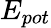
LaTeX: E_{pot}